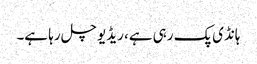
ہانڈی پک رہی ہے، ریڈیو چل رہا ہے۔